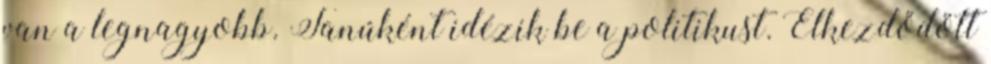
van a legnagyobb. Tanúként idézik be a politikust. Elkezdődött